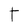
Character: T